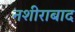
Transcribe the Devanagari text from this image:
नशीराबाद